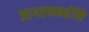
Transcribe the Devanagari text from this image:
जागरणमर्हन्ति